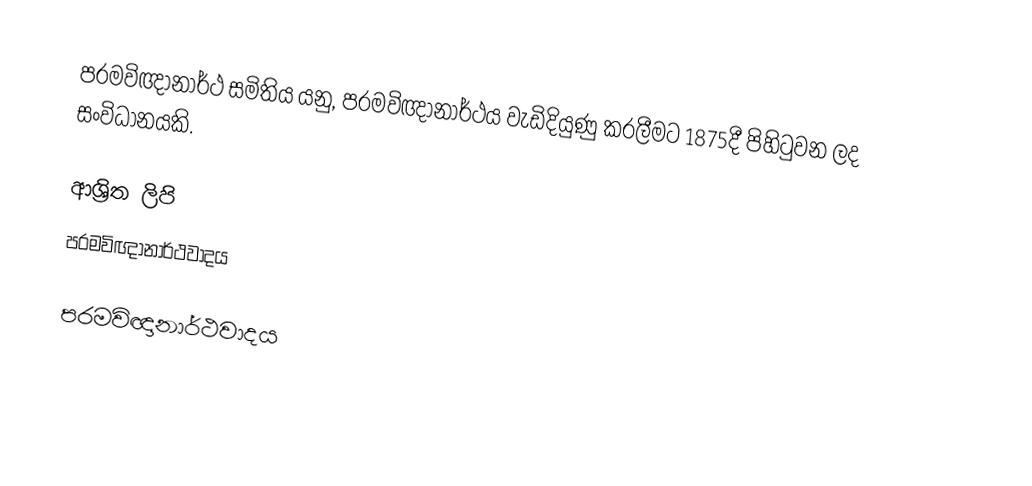
පරමවිඥානාර්ථ සමිතිය යනු,  පරමවිඥානාර්ථය වැඩිදියුණු කරලීමට 1875දී පිහිටුවන ලද සංවිධානයකි.

ආශ්‍රිත ලිපි
 පරමවිඥානාර්ථවාදය

පරමවිඥානාර්ථවාදය